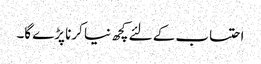
احتساب کے لئے کچھ نیا کرنا پڑے گا۔